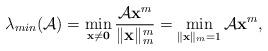
LaTeX: \begin{align*}\lambda_{min}(\mathcal{A})=\min_{{\bf x\neq {\bf 0}}}\frac{\mathcal{A}{\bf x}^m}{\|{\bf x}\|_m^m}=\min_{\|{\bf x}\|_m=1}\mathcal{A}{\bf x}^m,\end{align*}